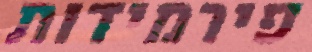
פירמידות